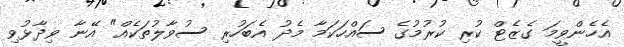
އެހެންވީމަ ގެޒެޓް ކުރި ކުރުމުގެ ސައްހަކަމާ މެދު އެބަހުރި ސުވާލުތަކެއް" އޭނާ ވިދާޅުވި